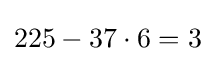
225-37\cdot 6=3